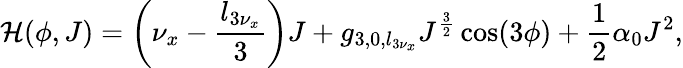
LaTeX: \mathcal{H}(\phi,J)=\left(\nu_{x}-\frac{l_{3{\nu}_{x}}}{3}\right)J+g_{3,0,l_{3\nu_{x}}}J^{\frac{3}{2}}\cos(3\phi)+\frac{1}{2}\alpha_{0}J^{2},